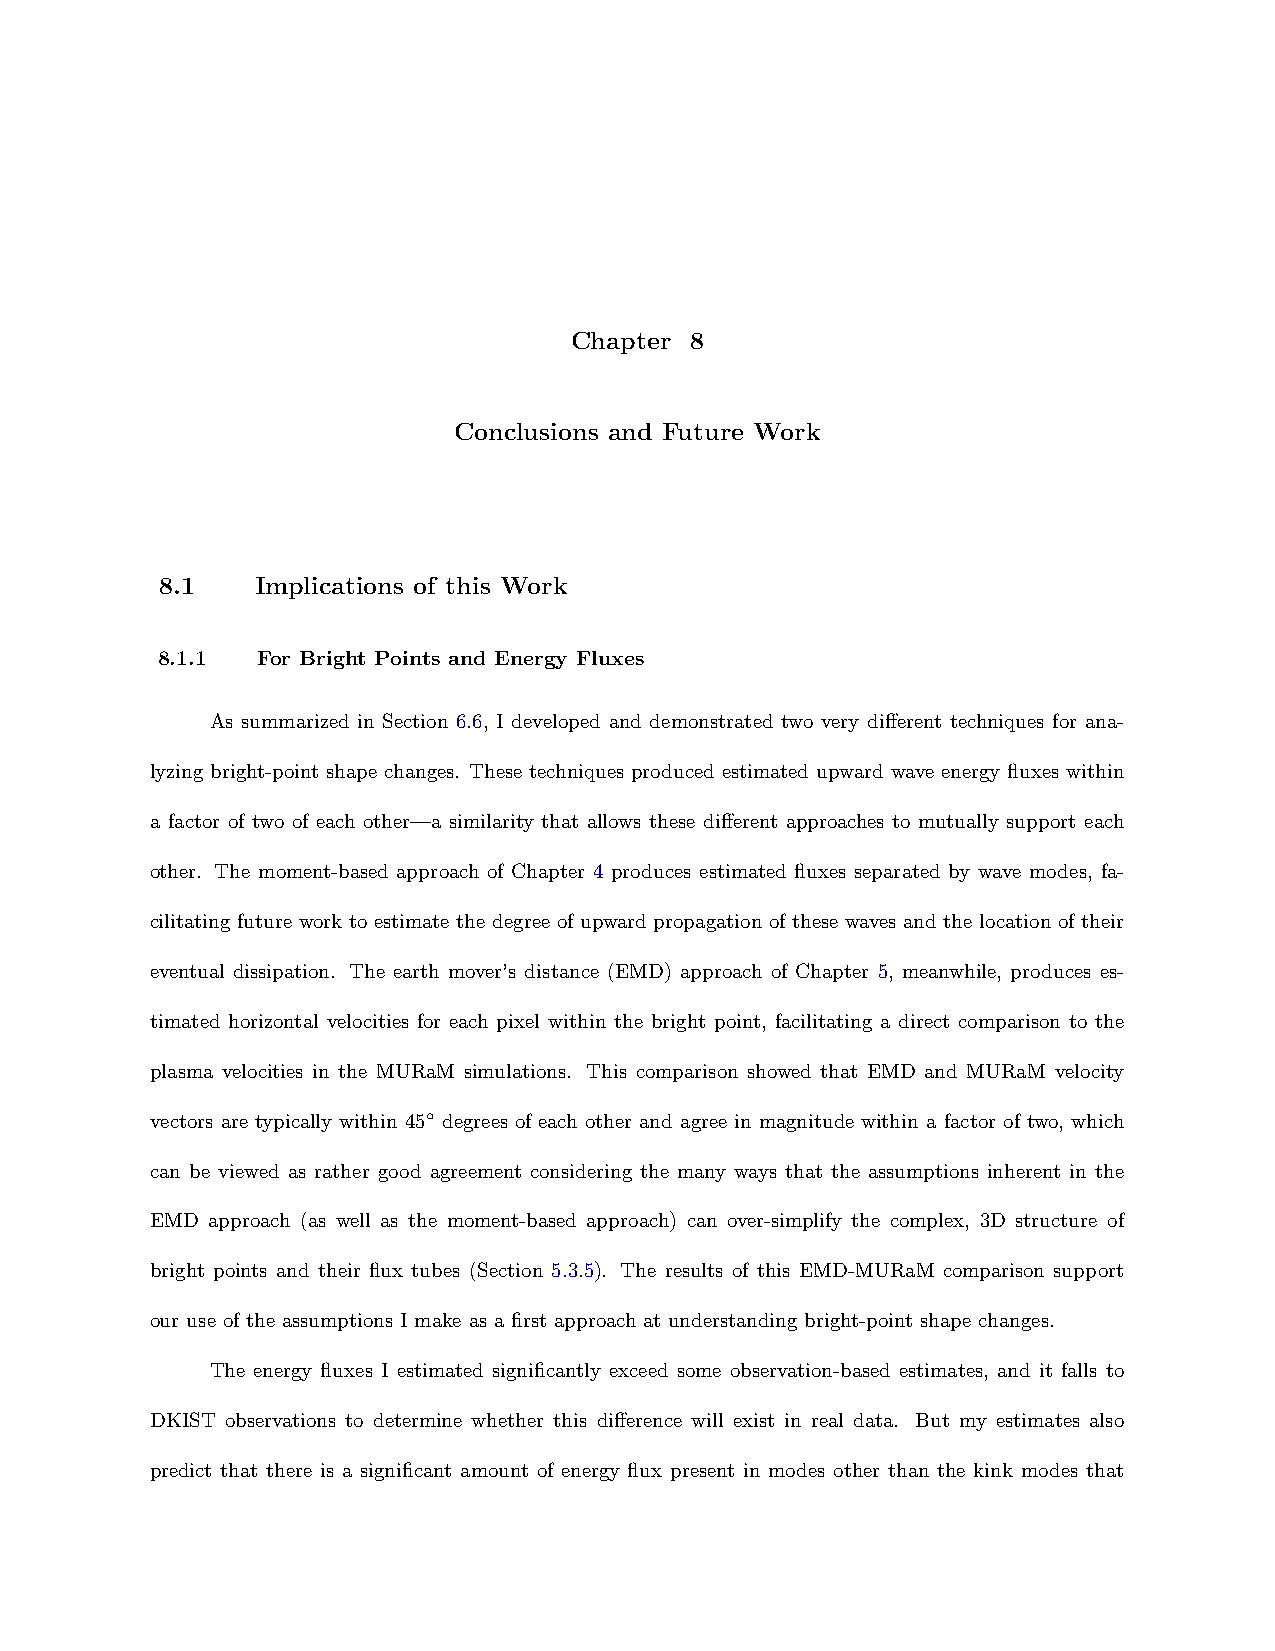
Chapter 8
 Conclusions and Future Work
 8.1   Implications of this Work
 8.1.1  For Bright Points and Energy Fluxes
 As summarized in Section 6.6, I developed and demonstrated two very different techniques for ana-
 lyzing bright-point shape changes. These techniques produced estimated upward wave energy fluxes within
 a factor of two of each other—a similarity that allows these different approaches to mutually support each
 other. The moment-based approach of Chapter 4 produces estimated fluxes separated by wave modes, fa-
 cilitating future work to estimate the degree of upward propagation of these waves and the location of their
 eventual dissipation. The earth mover’s distance (EMD) approach of Chapter 5, meanwhile, produces es-
 timated horizontal velocities for each pixel within the bright point, facilitating a direct comparison to the
 plasma velocities in the MURaM simulations. This comparison showed that EMD and MURaM velocity
 vectors are typically within 45◦ degrees of each other and agree in magnitude within a factor of two, which
 can be viewed as rather good agreement considering the many ways that the assumptions inherent in the
 EMD approach (as well as the moment-based approach) can over-simplify the complex, 3D structure of
 bright points and their flux tubes (Section 5.3.5). The results of this EMD-MURaM comparison support
 our use of the assumptions I make as a first approach at understanding bright-point shape changes.
 The energy fluxes I estimated significantly exceed some observation-based estimates, and it falls to
 DKIST observations to determine whether this difference will exist in real data. But my estimates also
 predict that there is a significant amount of energy flux present in modes other than the kink modes that